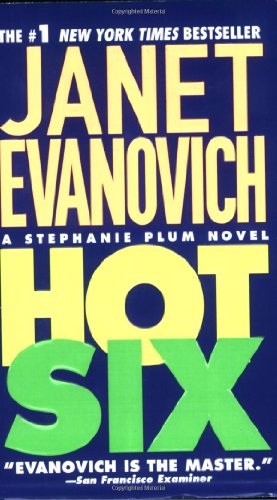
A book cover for Hot Six (Stephanie Plum, No. 6) (Stephanie Plum Novels); Janet Evanovich; Romance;